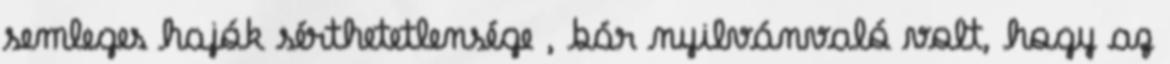
semleges hajók sérthetetlensége , bár nyilvánvaló volt, hogy az